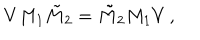
V M _ { 1 } \tilde { M } _ { 2 } = \tilde { M } _ { 2 } M _ { 1 } V \, ,